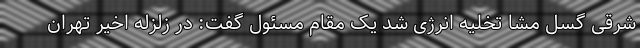
شرقی گسل مشا تخلیه انرژی شد یک مقام مسئول گفت: در زلزله اخیر تهران